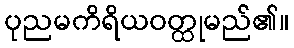
ပုညမကိရိယဝတ္ထုမည်၏။